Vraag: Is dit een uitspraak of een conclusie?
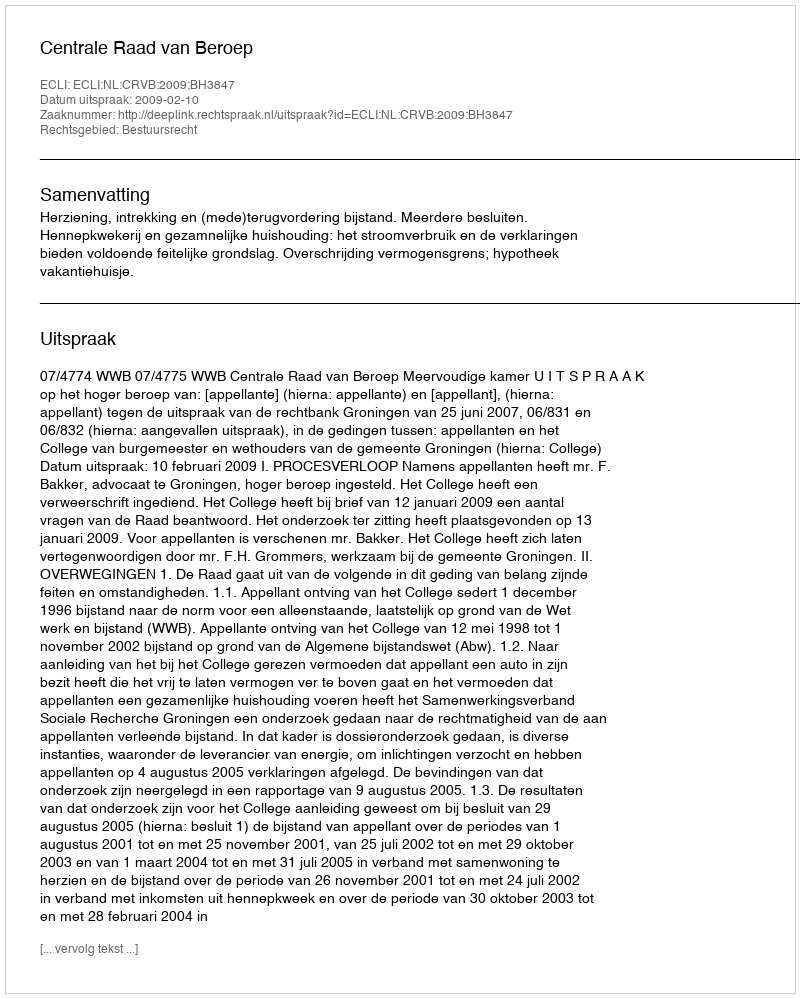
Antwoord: Uitspraak